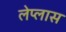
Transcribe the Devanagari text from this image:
लेप्लास